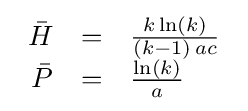
{\begin{array}{rcl}{\bar {H}}&=&{\frac {k\,{\text{ln}}(k)}{(k-1)\,ac}}\\{\bar {P}}&=&{\frac {{\text{ln}}(k)}{a}}\end{array}}